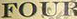
FOUR